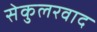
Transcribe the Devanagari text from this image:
सेकुलरवाद